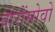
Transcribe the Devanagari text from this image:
वोरोंसोवो